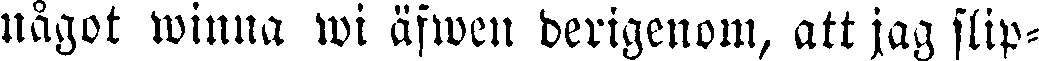
något winna wi äfwen derigenom, att jag slip-